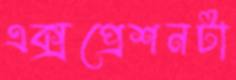
এক্সপ্রেশনটা